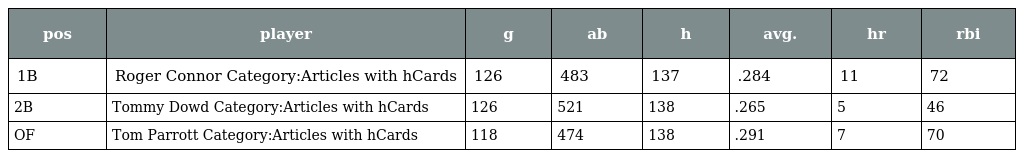
| pos | player | g | ab | h | avg. | hr | rbi |
 | --- | --- | --- | --- | --- | --- | --- | --- |
 | 1B | Roger Connor Category:Articles with hCards | 126 | 483 | 137 | .284 | 11 | 72 |
 | 2B | Tommy Dowd Category:Articles with hCards | 126 | 521 | 138 | .265 | 5 | 46 |
 | OF | Tom Parrott Category:Articles with hCards | 118 | 474 | 138 | .291 | 7 | 70 |